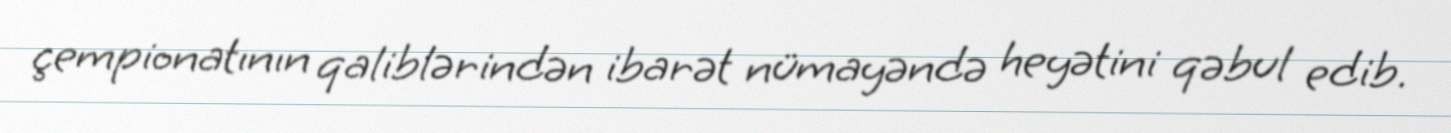
çempionatının qaliblərindən ibarət nümayəndə heyətini qəbul edib.